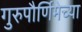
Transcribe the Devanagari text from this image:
गुरुपौर्णिमेच्या